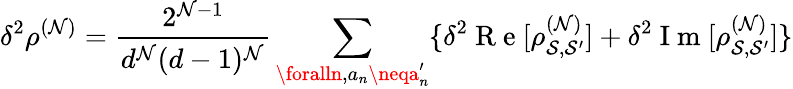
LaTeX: \delta^{2}\rho^{(\mathcal{N})}=\frac{{2^{\mathcal{N}-1}}}{{d^{\mathcal{N}}(d-1)^{\mathcal{N}}}}\sum_{\foralln,a_{n}\neqa_{n}^{\prime}}\{ \delta^{2}\mathrm{{~R~e~}}[\rho_{\mathcal{{S}},\mathcal{{S}}^{\prime}}^{(\mathcal{N})}]+\delta^{2}\mathrm{{~I~m~}}[\rho_{\mathcal{{S}},\mathcal{{S}}^{\prime}}^{(\mathcal{N})}]\}